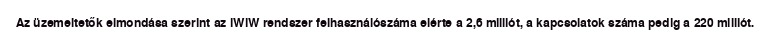
Az üzemeltetők elmondása szerint az iWiW rendszer felhasználószáma elérte a 2,6 milliót, a kapcsolatok száma pedig a 220 milliót.